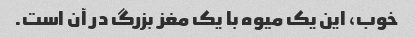
خوب، این یک میوه با یک مغز بزرگ در آن است.